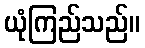
ယုံကြည်သည်။